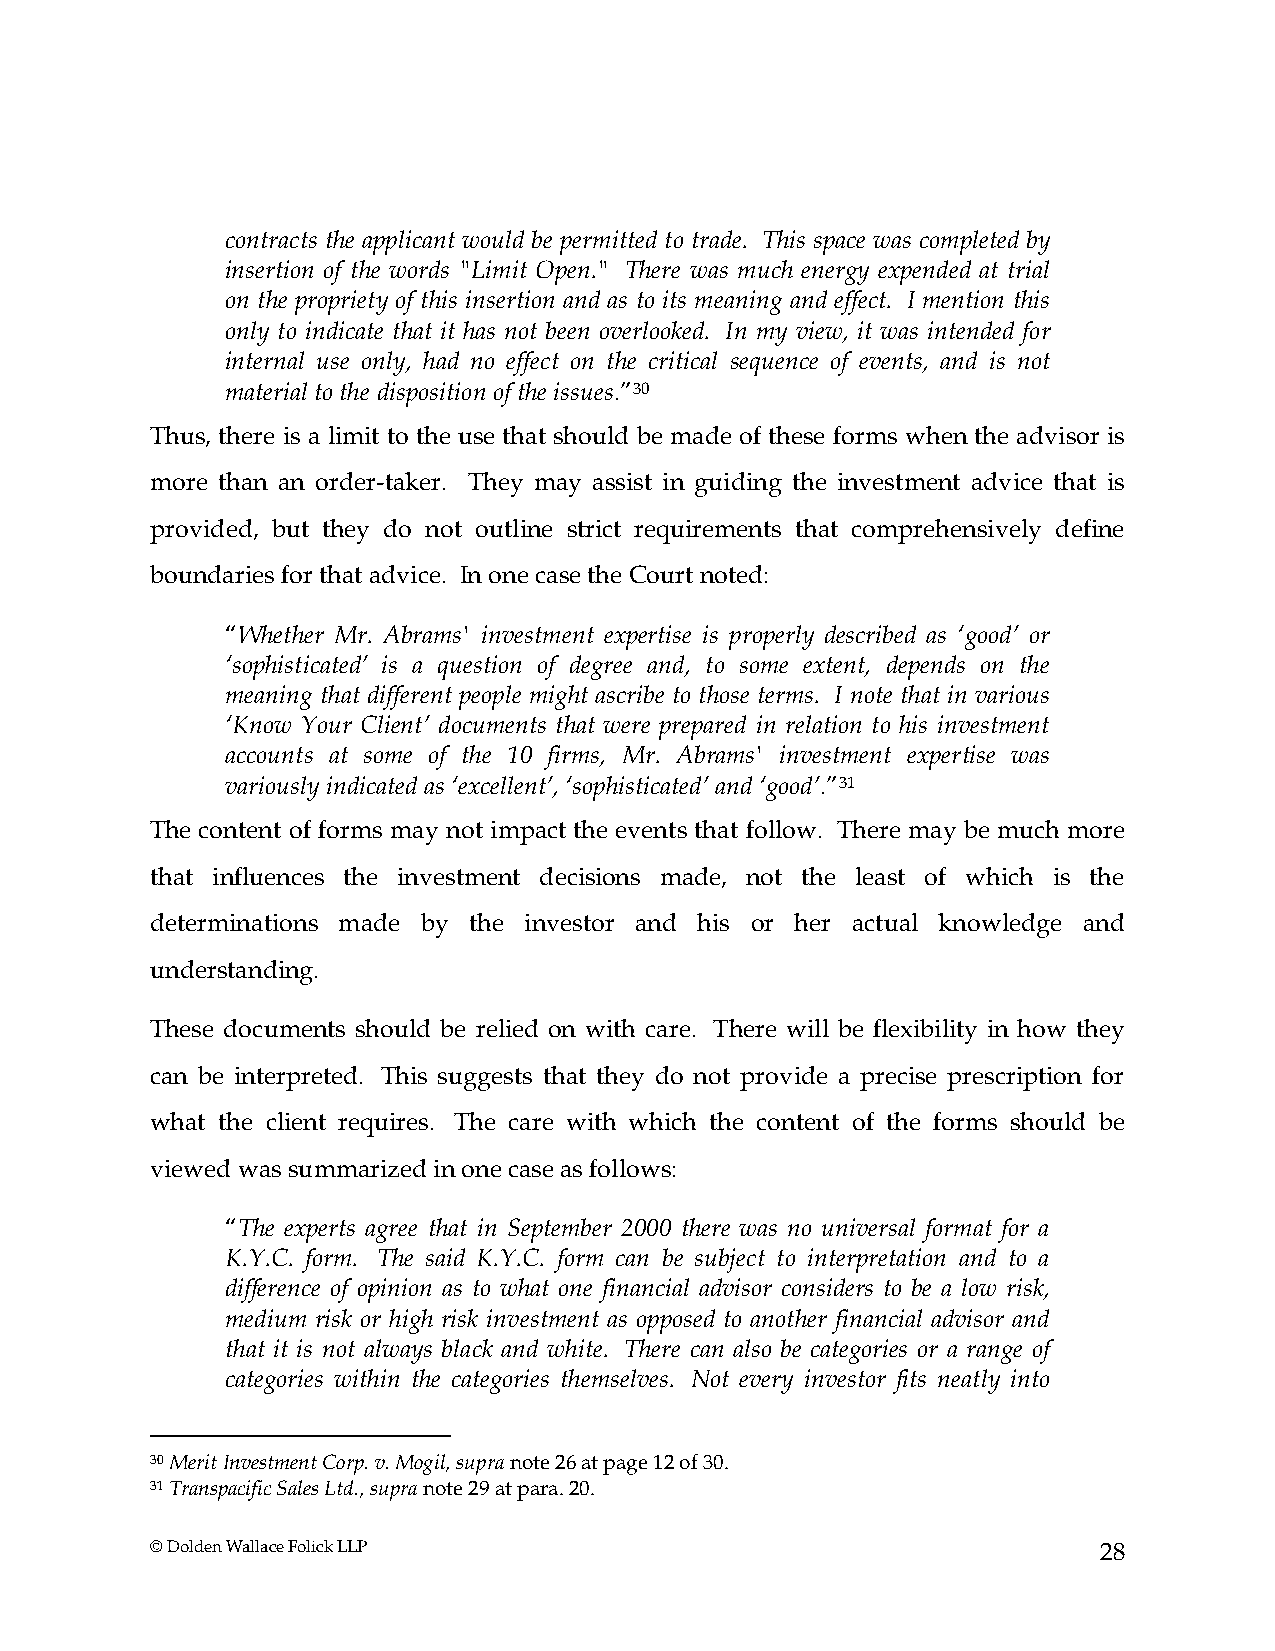
contracts the applicant would be permitted to trade. This space was completed by
 insertion of the words "Limit Open." There was much energy expended at trial
 on the propriety of this insertion and as to its meaning and effect. I mention this
 only to indicate that it has not been overlooked. In my view, it was intended for
 internal use only, had no effect on the critical sequence of events, and is not
 material to the disposition of the issues.”30
 Thus, there is a limit to the use that should be made of these forms when the advisor is
 more than an order-taker. They may assist in guiding the investment advice that is
 provided, but they do not outline strict requirements that comprehensively define
 boundaries for that advice. In one case the Court noted:
 “Whether Mr. Abrams' investment expertise is properly described as ‘good’ or
 ‘sophisticated’ is a question of degree and, to some extent, depends on the
 meaning that different people might ascribe to those terms. I note that in various
 ‘Know Your Client’ documents that were prepared in relation to his investment
 accounts at some of the 10 firms, Mr. Abrams' investment expertise was
 variously indicated as ‘excellent’, ‘sophisticated’ and ‘good’.”31
 The content of forms may not impact the events that follow. There may be much more
 that influences the investment decisions made, not the least of which is the
 determinations made by the investor and his or her actual knowledge and
 understanding.
 These documents should be relied on with care. There will be flexibility in how they
 can be interpreted. This suggests that they do not provide a precise prescription for
 what the client requires. The care with which the content of the forms should be
 viewed was summarized in one case as follows:
 “The experts agree that in September 2000 there was no universal format for a
 K.Y.C. form. The said K.Y.C. form can be subject to interpretation and to a
 difference of opinion as to what one financial advisor considers to be a low risk,
 medium risk or high risk investment as opposed to another financial advisor and
 that it is not always black and white. There can also be categories or a range of
 categories within the categories themselves. Not every investor fits neatly into
 30 Merit Investment Corp. v. Mogil, supra note 26 at page 12 of 30.
 31 Transpacific Sales Ltd., supra note 29 at para. 20.
 © Dolden Wallace Folick LLP                                    28